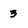
Character: 3